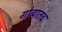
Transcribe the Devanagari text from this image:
गोव्यातच